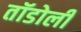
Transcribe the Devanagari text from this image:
तॉडोली